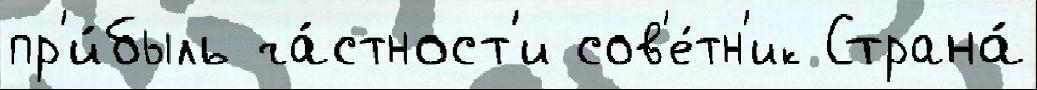
пр'и́быль ча́стност'и сов'е́тн'ик Страна́